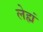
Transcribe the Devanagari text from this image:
लेह्मं